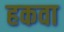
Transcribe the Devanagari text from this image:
हकवा